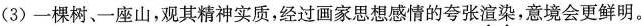
（3）一棵树、一座山，观其精神实质，经过画家思想感情的夸张渲染，意境会更鲜明。